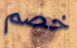
خصم